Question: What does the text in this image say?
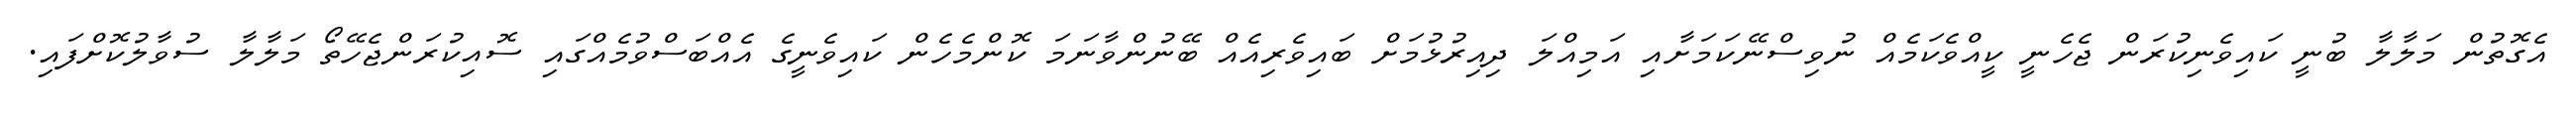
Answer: އެގޮތުން މަލާލާ ބުނީ ކައިވެނިކުރަން ޖެހެނީ ކީއްވެކަމެއް ނުވިސްނޭކަމަށާއި އަމިއްލަ ދިއިރުޅުމަށް ބައިވެރިއެއް ބޭނުންވާނަމަ ކޮންމެހެން ކައިވެނީގެ އެއްބަސްވުމެއްގައި ސޮއިކުރަންޖެހޭތޯ މަލާލާ ސުވާލުކޮށްފައި.